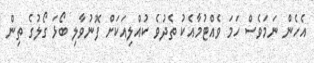
އެހެން ނަމަވެސް ހަމަ ވެއްޓުމާއެކު ތެދުވެ ކުއްލިއަކަށް ފޮނުވާލި ބޯޅަ ގޯލުގެ ތިން